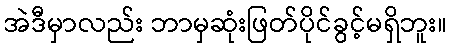
အဲဒီမှာလည်း ဘာမှဆုံးဖြတ်ပိုင်ခွင့်မရှိဘူး။